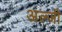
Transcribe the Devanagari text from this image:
अल्जी